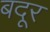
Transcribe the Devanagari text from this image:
बदूर